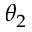
\theta _ { 2 }